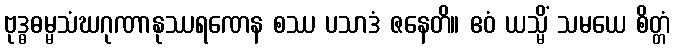
ဗုဒ္ဓဓမ္မသံဃဂုဏာနုဿရဏေန စဿ ပသာဒံ ဇနေတိ။ ဧဝံ ယသ္မိံ သမယေ စိတ္တံ